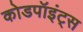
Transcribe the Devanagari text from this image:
कोडपॉइंट्स